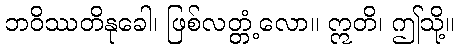
ဘဝိဿတိနုခေါ၊ ဖြစ်လတ္တံ့လော။ ဣတိ၊ ဤသို့။